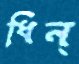
ধিন্